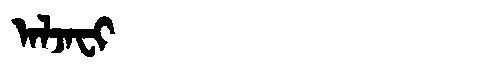
Manchu: ᠠᠯᠵᠠᠸᡳ
Romanization: ALJAFI